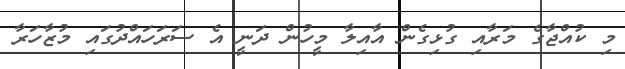
މި ކުއްޖާގެ މަރާއި ގުޅިގެން އާއިލާ މީހުން ދަނީ އެ ސަރަހައްދުގައި މުޒާހަރާ